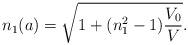
LaTeX: \begin{align*} n_1(a)= \sqrt{1+ (n_1^2-1)\frac{V_0}{V}}.\end{align*}